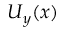
U _ { y } ( x )